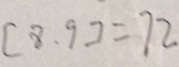
[ 8 . 9 ] = 7 2